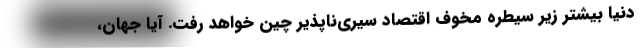
دنیا بیشتر زیر سیطره مخوف اقتصاد سیری‌ناپذیر چین خواهد رفت. آیا جهان،